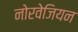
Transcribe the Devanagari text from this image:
नोरवेजियन